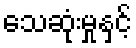
သေဆုံးမှုနှင့်